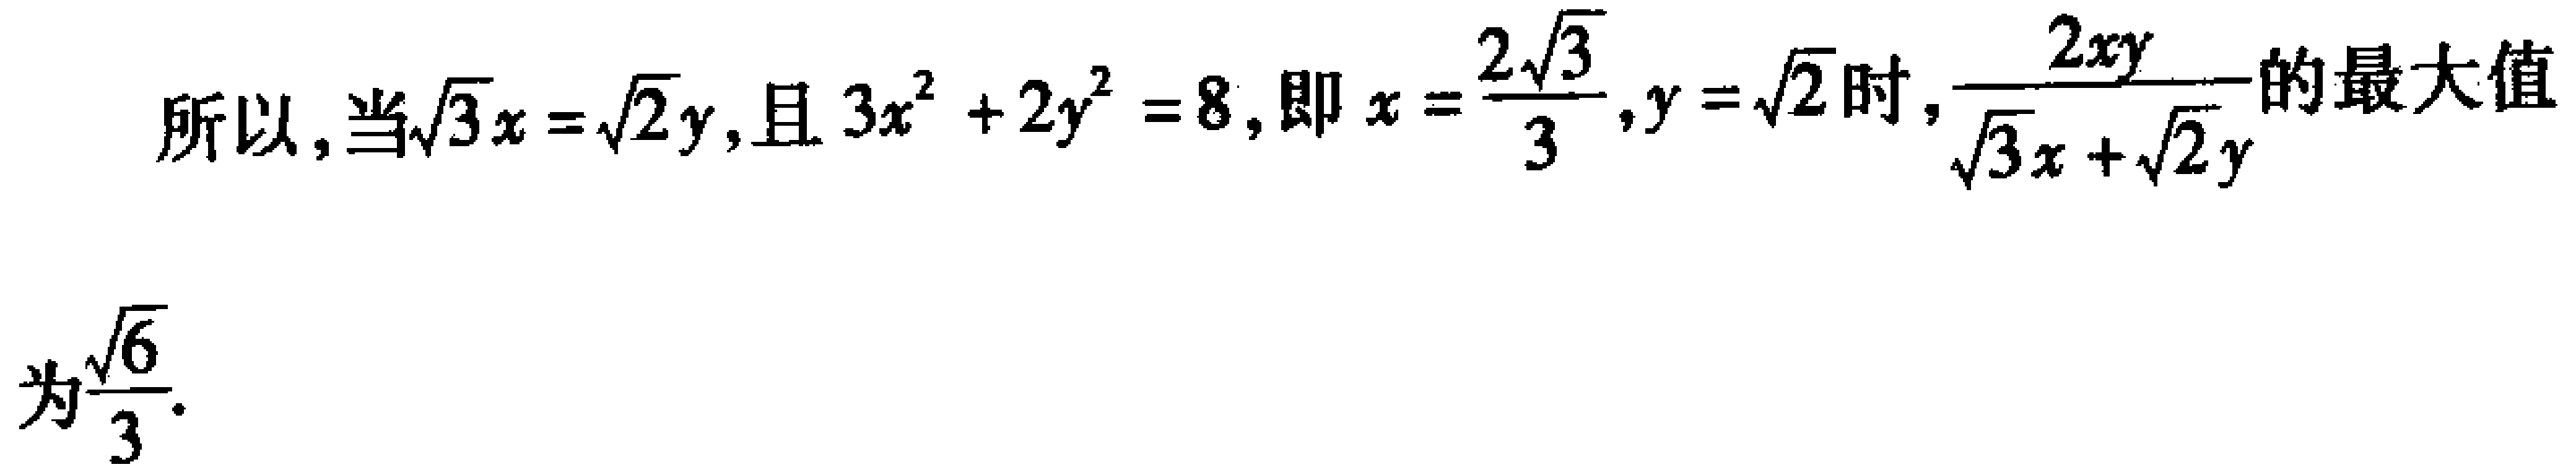
所以, 当$\sqrt{3}x = \sqrt{2}y$, 且$3x^{2} + 2y^{2} = 8$, 即$x = \frac{2\sqrt{3}}{3},y = \sqrt{2}$时, $\frac{2xy}{\sqrt{3}x + \sqrt{2}y}$的最大值为$\frac{\sqrt{6}}{3}$.